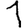
Digit: 1